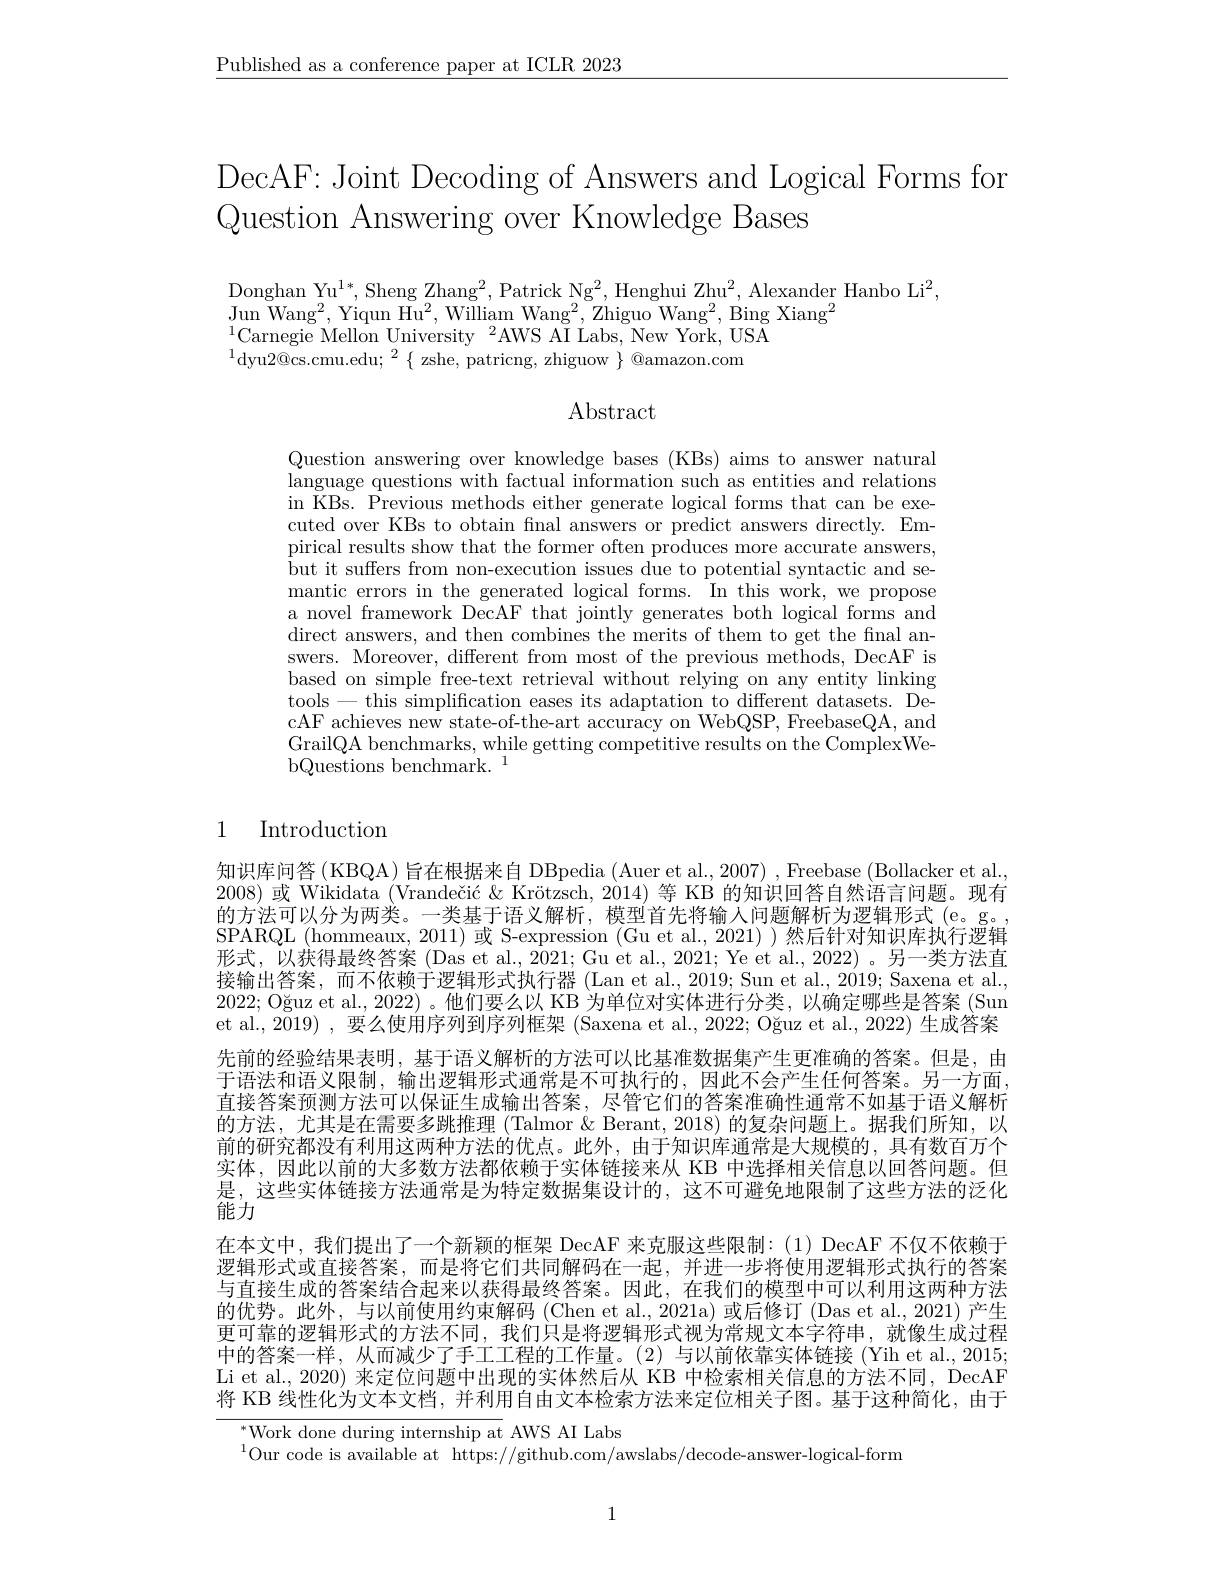
$\underline{\text{Published as a conference paper at ICLR 2023}}$

DecAF: Joint Decoding of Answers and Logical Forms for
Question Answering over Knowledge Bases

Donghan Yu$^1*$,Sheng Zhang$^2$,Patrick Ng$^2$,Henghui Zhu$^2$,Alexander Hanbo Li$^2$,
$\mathop{\mathrm{Jun~Wang}^{2},\mathrm{Yiqun~Hu}^{2},\mathrm{William~Wang}^{2},\mathrm{Zhiguo~Wang}^{2},\mathrm{Bing~Xiang}^{2}}$
$^{1}$Carnegie Mellon University$^2$AWS AI Labs, New York, USA
$^{1}$dyu$2@$cs.cmu.edu;$^2\{$zshe, patricng, zhiguow$\}@$amazon.com

Abstract

Question answering over knowledge bases (KBs) aims to answer natural language questions with factual information such as entities and relations in KBs. Previous methods either generate logical forms that can be executed over KBs to obtain fnal answers or predict answers directly. Empirical results show that the former often produces more accurate answers, but it suffers from non-execution issues due to potential syntactic and semantic errors in the generated logical forms. In this work, we propose a novel framework DecAF that jointly generates both logical forms and direct answers, and then combines the merits of them to get the final answers. Moreover, different from most of the previous methods, DecAF is based on simple'free-text retrieval without relying on any entity linking tools-this simplifcation eases its adaptation to different datasets. DecAF achieves new state-of-the-art accuracy on WebQSP, FreebaseQA, and GrailQA benchmarks, while getting competitive results on the ComplexWe- $\mathrm{bQuestions~benchmark.}^{1}$

## 1 Introduction

知识库问答(KBQA)旨在根据来自 DBpedia (Auer et al., 2007) , Freebase (Bollacker et al. 2008) 或 Wikidata (Vrandečić & Krötzsch, 2014) 等 KB 的知识回答自然语言问题。现有的 方 法 可 以 分 为 两 类 。一 类 基 于 语 义 解 析 , 模 型 首 先 将 输 入 问 题 解 析 为 逻 辑 形 式 ( e。g。SDADOI ( L- ) SPARQL(hommeaux,2011)或 S-expression (Gu et al.,2021))然后针对知识库执行逻辑形式，以获得最终答案 (Das et al., 2021; Gu et al., 2021; Ye et al., 2022) 。另一类方法直接输出答案，而不依赖于逻辑形式执行器 (Lan et al., 2019; Sun et al., 2019; Saxena et al., 2022; Oğuz et al., 2022) 。他们要么以 KB 为单位对实体进行分类，以确定哪些是答案 (Sun et al., 2019) , 要么使用序列到序列框架 (Saxena et al., 2022; Oğuz et al., 2022) 生成答案先前的经验结果表明，基于语义解析的方法可以比基准数据集产生更准确的答案。但是，由于语法和语义限制，输出逻辑形式通常是不可执行的，因此不会产生任何答案。另一方面， 直接答案预测方法可以保证生成输出答案，尽管它们的答案准确性通常不如基于语义解析的方法，尤其是在需要多跳推理 (Talmor & Berant, 2018) 的复杂问题上。据我们所知，以前的研究都没有利用这两种方法的优点。此外，由于知识库通常是大规模的，具有数百万个实体，因此以前的大多数方法都依赖于实体链接来从 KB 中选择相关信息以回答问题。但是，这些实体链接方法通常是为特定数据集设计的，这不可避免地限制了这些方法的泛化能力
在本文中，我们提出了一个新颖的框架 DecAF 来克服这些限制：(1) DecAF 不仅不依赖于逻辑形式或直接答案，而是将它们共同解码在一起，并进一步将使用逻辑形式执行的答案与直接生成的答案结合起来以获得最终答案。因此，在我们的模型中可以利用这两种方法的优势。此外，与以前使用约束解码(Chen et al.,2021a)或后修订(Das et al., 2021)产生更可靠的逻辑形式的方法不同，我们只是将逻辑形式视为常规文本字符串，就像生成过程中的答案一样，从而减少了手工工程的工作量。(2)与以前依靠实体链接(Yih et al., 2015; Li et al., 2020) 来定位问题中出现的实体然后从 KB 中检索相关信息的方法不同，DecAF 将 KB 线性化为文本文档，并利用自由文本检索方法来定位相关子图。基于这种简化，由于

${}^{*}$Work done during internship at AWS AI Labs
$^{1}$Our code is available at https://github.com/awslabs/decode-answer-logical-form

1